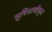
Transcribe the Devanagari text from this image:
सुविशाखीकृत